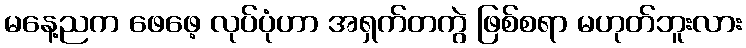
မနေ့ညက ဖေဖေ့ လုပ်ပုံဟာ အရှက်တကွဲ ဖြစ်စရာ မဟုတ်ဘူးလား